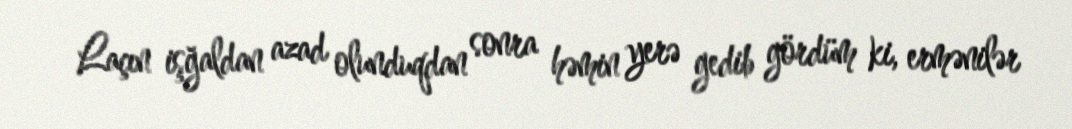
Laçın işğaldan azad olunduqdan sonra həmin yerə gedib gördüm ki, ermənilər